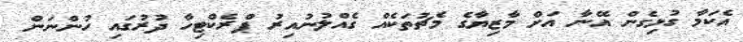
އެކަމާ ގުޅިގެން އޭނާ އަށް މާޒިޔާގެ މެޗުތަކެއް ގެއްލުނުއިރު ޕްރެކްޓިހާ ދުރުގައި ހުންނަން